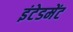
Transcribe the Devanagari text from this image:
इंटेडमेंट